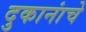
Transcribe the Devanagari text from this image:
दुकानांचे